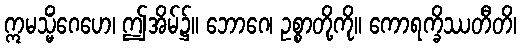
ဣမသ္မိံဂေဟေ၊ ဤအိမ်၌။ ဘောဂေ၊ ဥစ္စာတို့ကို။ ကောရက္ခိဿတီတိ၊